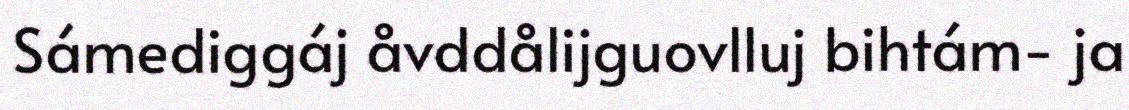
Sámediggáj åvddålijguovlluj bihtám- ja